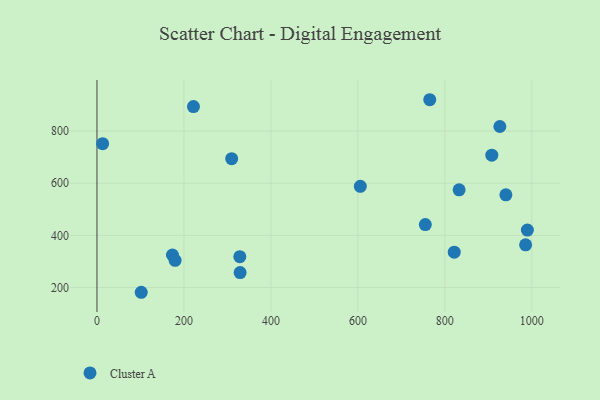
{"axis": {"x": "Study Hours", "y": "Rating"}, "legend": ["Cluster A"], "data": [{"x": "173.6", "y": 324.9, "type": "Cluster A"}, {"x": "940.4", "y": 555.6, "type": "Cluster A"}, {"x": "989.8", "y": 420.4, "type": "Cluster A"}, {"x": "821.6", "y": 335.8, "type": "Cluster A"}, {"x": "221.9", "y": 893.7, "type": "Cluster A"}, {"x": "985.7", "y": 363.9, "type": "Cluster A"}, {"x": "329.2", "y": 257.6, "type": "Cluster A"}, {"x": "755.1", "y": 441.3, "type": "Cluster A"}, {"x": "926.5", "y": 817.4, "type": "Cluster A"}, {"x": "179.7", "y": 304.3, "type": "Cluster A"}, {"x": "832.8", "y": 574.8, "type": "Cluster A"}, {"x": "328.5", "y": 318.5, "type": "Cluster A"}, {"x": "908.0", "y": 707.4, "type": "Cluster A"}, {"x": "13.0", "y": 751.5, "type": "Cluster A"}, {"x": "101.8", "y": 182.0, "type": "Cluster A"}, {"x": "605.6", "y": 588.1, "type": "Cluster A"}, {"x": "309.8", "y": 694.1, "type": "Cluster A"}, {"x": "765.3", "y": 920.0, "type": "Cluster A"}]}